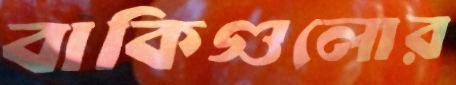
বাকিগুলোর